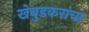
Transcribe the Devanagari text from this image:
खेबुडकरांचा